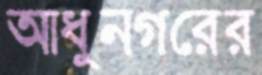
আধুনগরের